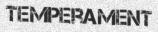
TEMPERAMENT